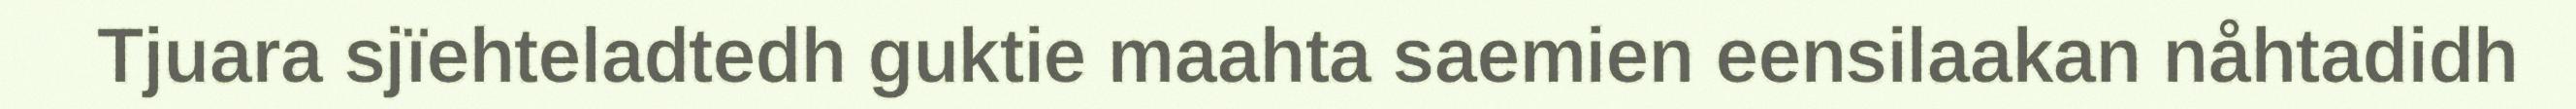
Tjuara sjïehteladtedh guktie maahta saemien eensilaakan nåhtadidh